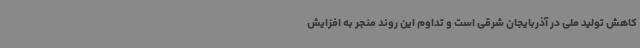
کاهش تولید ملی در آذربایجان شرقی است و تداوم این روند منجر به افزایش